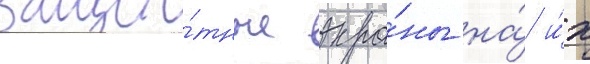
защи́тные экра́ны на́ и́х